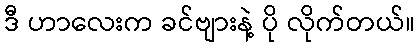
ဒီ ဟာလေးက ခင်ဗျားနဲ့ ပို လိုက်တယ်။